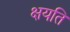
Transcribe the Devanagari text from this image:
क्षयति